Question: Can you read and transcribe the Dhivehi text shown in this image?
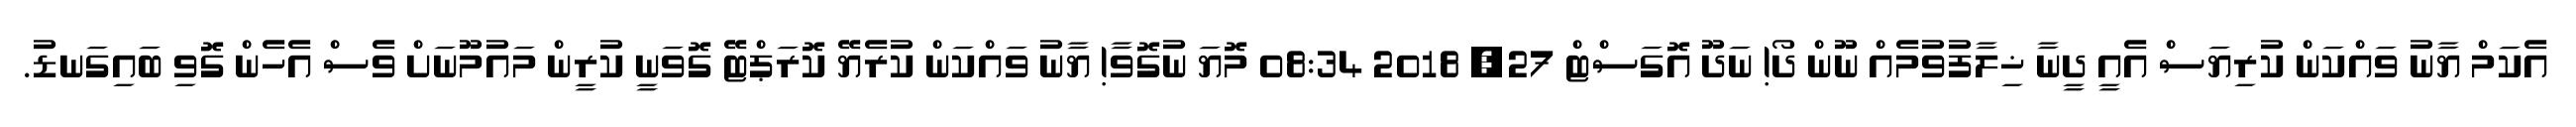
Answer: އެކަމް ޔާނު ވައްކަން ކުރިޔަސް އެއީ ދީނާ ޚިލާފުވުމެއް ނޫން ދޯ! ނަދޫ އޮގަސްޓް 27, 2018 08:34 މޮޔަ ނުގޮވާ! ޔާނު ވައްކަން ކުރެޔޭ ކޮރަޕްޓޭ ގޮވަނީ ކުރީން މައުމޫނަށް ވެސް އެހެން ގޮވި ބައިގަނޑު.